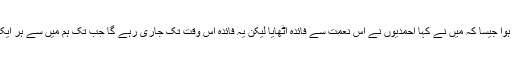
جلسہ سالانہ برطانیہ گزشتہ اتوار کو ختم ہوا جیسا کہ میں نے کہا احمدیوں نے اس نعمت سے فائدہ اٹھایا لیکن یہ فائدہ اس وقت تک جاری رہے گا جب تک ہم میں سے ہر ایک اللہ تعالیٰ کا شکر گزار بندہ بنا رہے گا۔